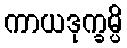
ကာယဒုက္ခမ္ပိ